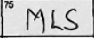
Transcription: MLS